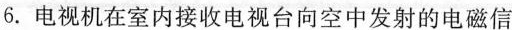
6.电视机在室内接收电视台向空中发射的电磁信